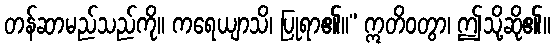
တန်ဆာမည်သည်ကို။ ကရေယျာသိ၊ ပြုရာ၏။” ဣတိဝတွာ၊ ဤသို့ဆို၏။